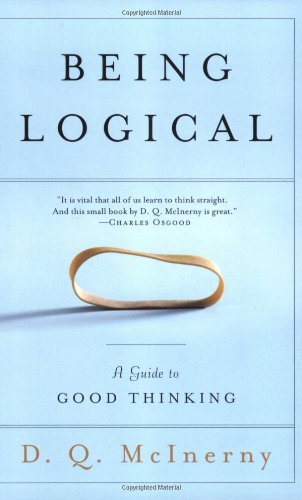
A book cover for Being Logical: A Guide to Good Thinking; D.Q. McInerny; Politics & Social Sciences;